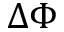
\Delta \Phi